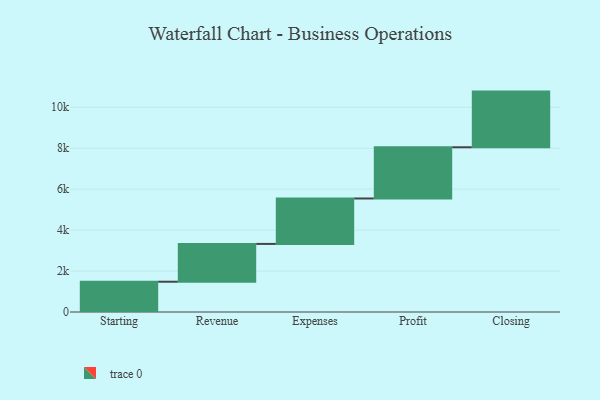
{"axis": {"x": "Step", "y": "Value"}, "legend": [""], "data": [{"x": "Starting", "y": 1479.0, "type": ""}, {"x": "Revenue", "y": 1847.0, "type": ""}, {"x": "Expenses", "y": 2219.0, "type": ""}, {"x": "Profit", "y": 2502.0, "type": ""}, {"x": "Closing", "y": 2719.0, "type": ""}]}